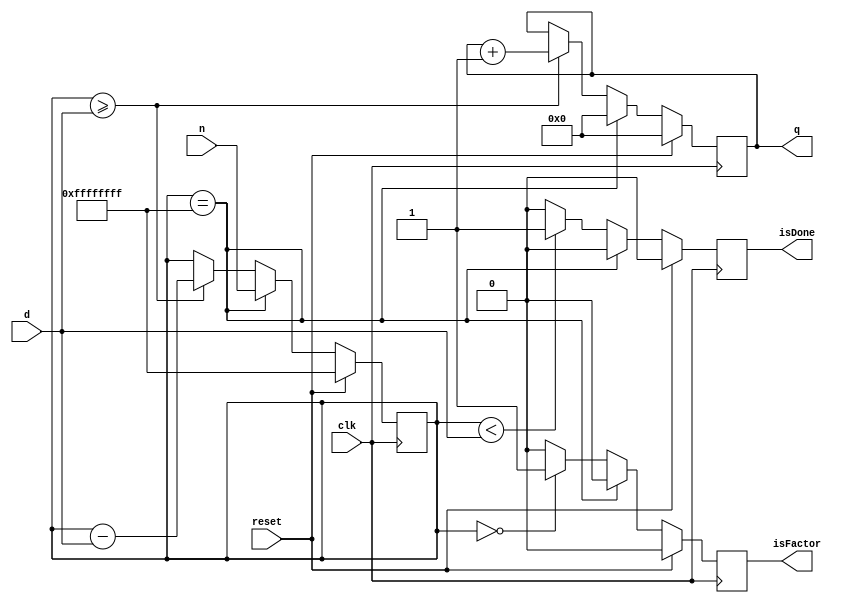
module division(input [0:31] n, input [0:15] d, input clk, input reset, output reg [0:31] q, output reg isFactor, output reg isDone
    );

	reg [0:31] nextQ;
	reg [0:31] remainder;
	reg [0:31] nextRemainder;
	reg nextIsFactor;
	reg nextIsDone;

	initial begin
		nextRemainder = -1;
		nextQ = 32'b0;
		remainder = -1;
		q = 32'b0;
		nextIsFactor = 1'b0;
		nextIsDone = 1'b0;
	end
	
	always @(posedge clk) begin
		remainder <= nextRemainder;
		isFactor <= nextIsFactor;
		isDone <= nextIsDone;
		q <= nextQ;
	end
	
	always @(*) begin
		if (reset == 1) begin
			nextRemainder = -1;
			nextQ = 32'b0;
			nextIsFactor = 1'b0;
			nextIsDone = 1'b0;
		end
		else begin
			case (remainder) 
				-1: begin
						nextRemainder = n;
						nextQ = 32'b0;
						nextIsFactor = 1'b0;
						nextIsDone = 1'b0;
					end
				default: begin
						nextRemainder = remainder >= d ? remainder - d : remainder;
						nextQ = remainder >= d ? q + 1 : q;
						nextIsFactor = remainder  == 0 ? 1 : 0;
						nextIsDone = remainder < d ? 1 : 0;
					end
			endcase
		end
	end
	


endmodule